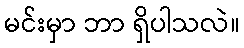
မင်းမှာ ဘာ ရှိပါသလဲ။